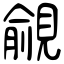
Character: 覦